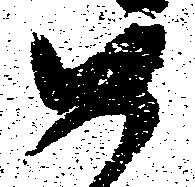
め